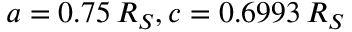
a = 0 . 7 5 \, R _ { S } , c = 0 . 6 9 9 3 \, R _ { S }